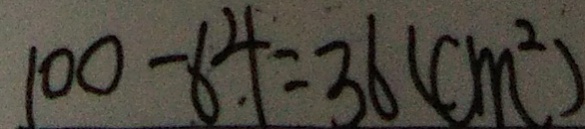
1 0 0 - 6 4 = 3 6 ( c m ^ { 2 } )